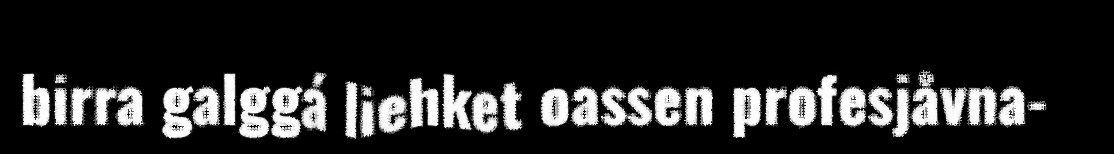
birra galggá liehket oassen profesjåvna-